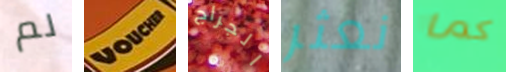
لم VOCHER الجراج نعثر كما